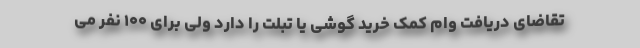
تقاضای دریافت وام کمک خرید گوشی یا تبلت را دارد ولی برای ۱۰۰ نفر می